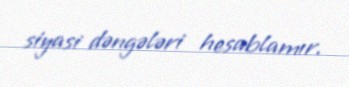
siyasi dəngələri hesablamır.